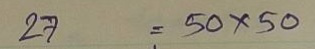
27 = 50x50